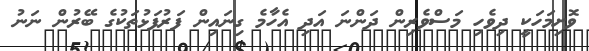
ވޮށިމަހަކީ ދިވެހި މަސްވެރިން ދަންނަ އަދި އެހާމެ ގިނައިން ފަރުފަޅުތަކުގެ ބޭރުން ނަނު